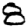
Digit: 8